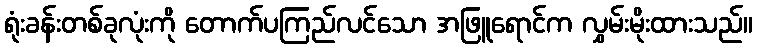
ရုံးခန်းတစ်ခုလုံးကို တောက်ပကြည်လင်သော အဖြူရောင်က လွှမ်းမိုးထားသည်။